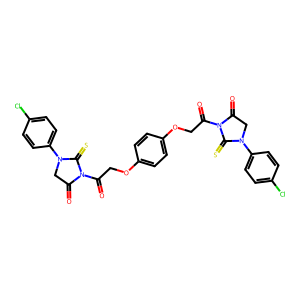
SMILES: O=C(COc1ccc(OCC(=O)N2C(=O)CN(c3ccc(Cl)cc3)C2=S)cc1)N1C(=O)CN(c2ccc(Cl)cc2)C1=S
Inhibits HIV replication: No